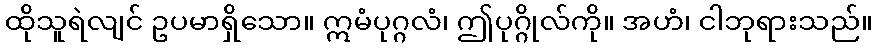
ထိုသူရဲလျင် ဥပမာရှိသော။ ဣမံပုဂ္ဂလံ၊ ဤပုဂ္ဂိုလ်ကို။ အဟံ၊ ငါဘုရားသည်။